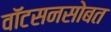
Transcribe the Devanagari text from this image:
वाॅटसनसोबत